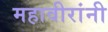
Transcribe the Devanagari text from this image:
महावीरांनी